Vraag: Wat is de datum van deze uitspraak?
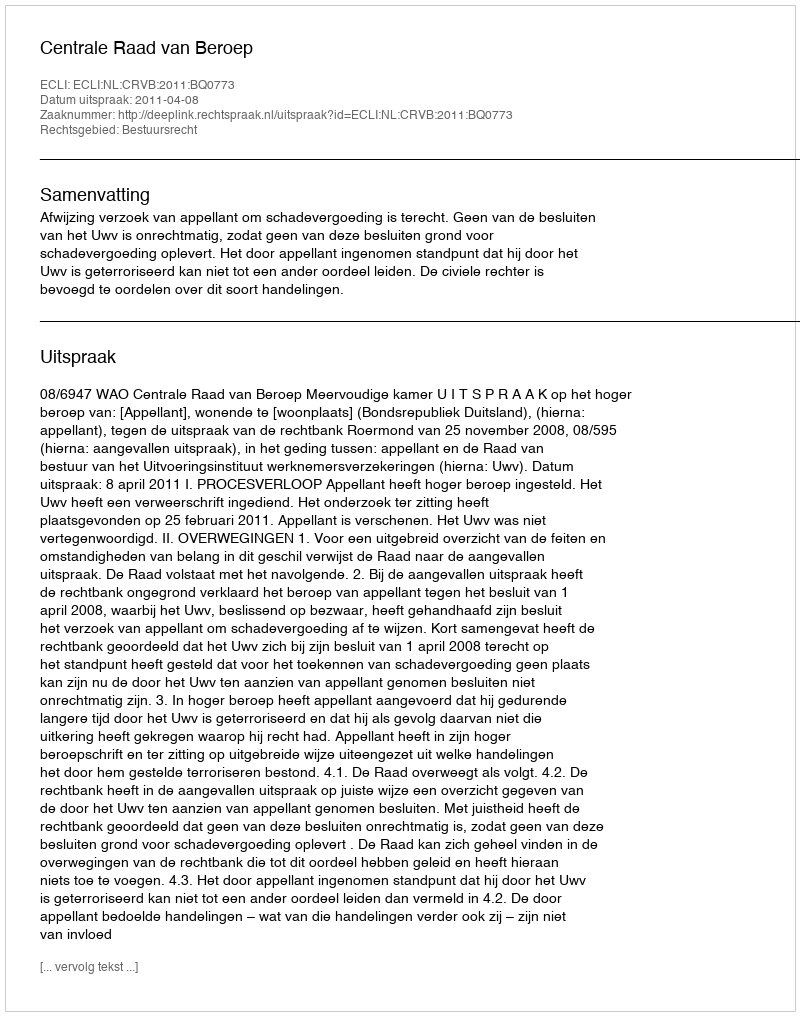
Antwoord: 2011-04-08